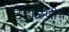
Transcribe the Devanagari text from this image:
टेहाळणीचे